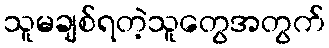
သူမချစ်ရတဲ့သူတွေအတွက်